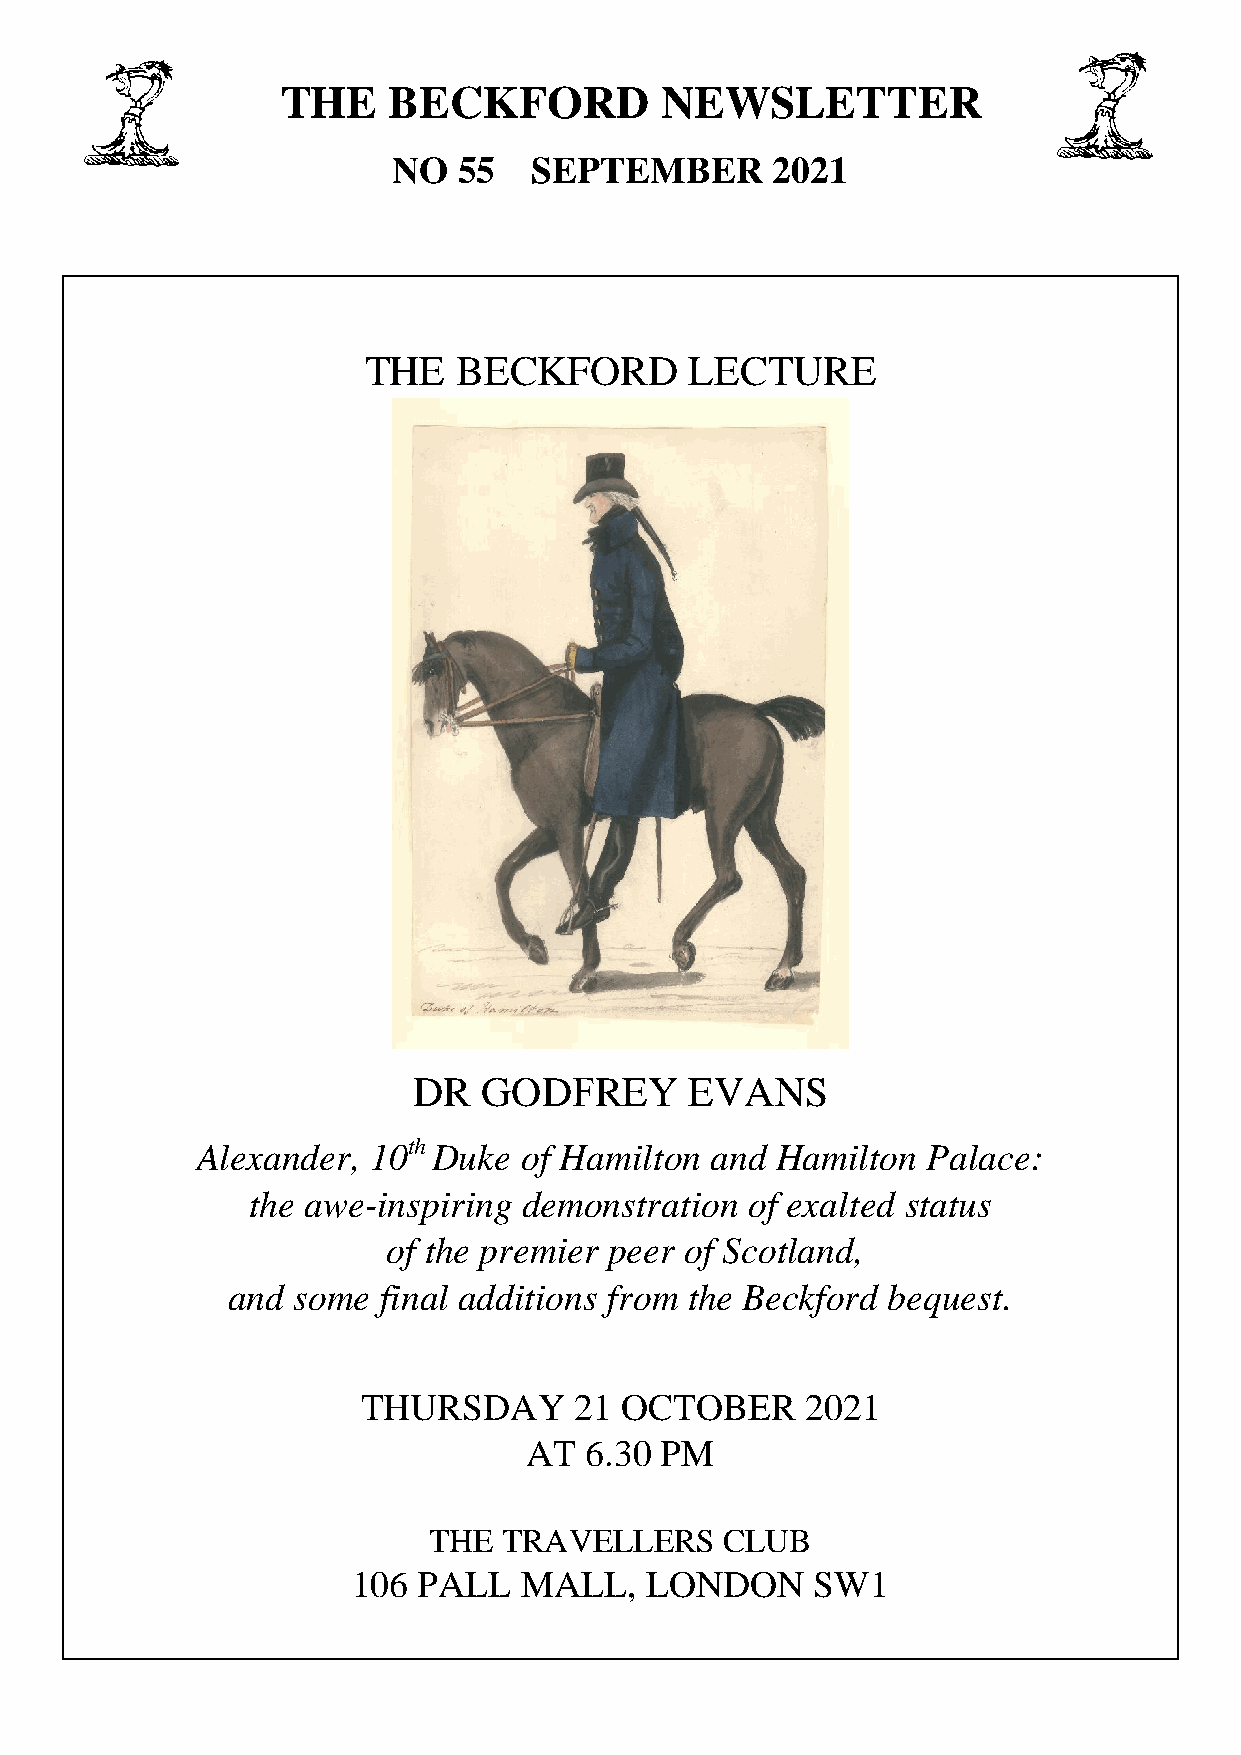
THE    BECKFORD          NEWSLETTER
 NO  55   SEPTEMBER       2021
 THE   BECKFORD        LECTURE
 DR   GODFREY       EVANS
 Alexander, 10th Duke of Hamilton  and Hamilton  Palace:
 the awe-inspiring  demonstration  of exalted status
 of the premier peer of Scotland,
 and some  final additions from the Beckford bequest.
 THURSDAY      21 OCTOBER     2021
 AT  6.30 PM
 THE  TRAVELLERS     CLUB
 106  PALL  MALL,    LONDON     SW1